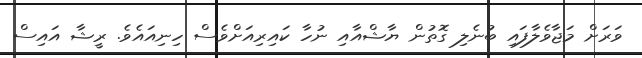
ވަރަށް މަޖާވެލާފައި ބުނެލި ގޮތުން ޔާޝްއާއި ނުހާ ކައިރިއަށްވެސް ހިނިއައެވެ. ރީޝާ އައިސް